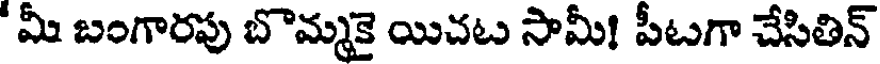
"మీ బంగారపు బొమ్మకై యిచట సామీ! పీటగా చేసితిన్